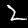
Digit: 2